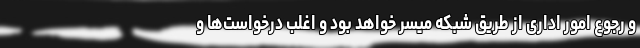
و رجوع امور اداری از طریق شبکه میسر خواهد بود و اغلب درخواست‌ها و